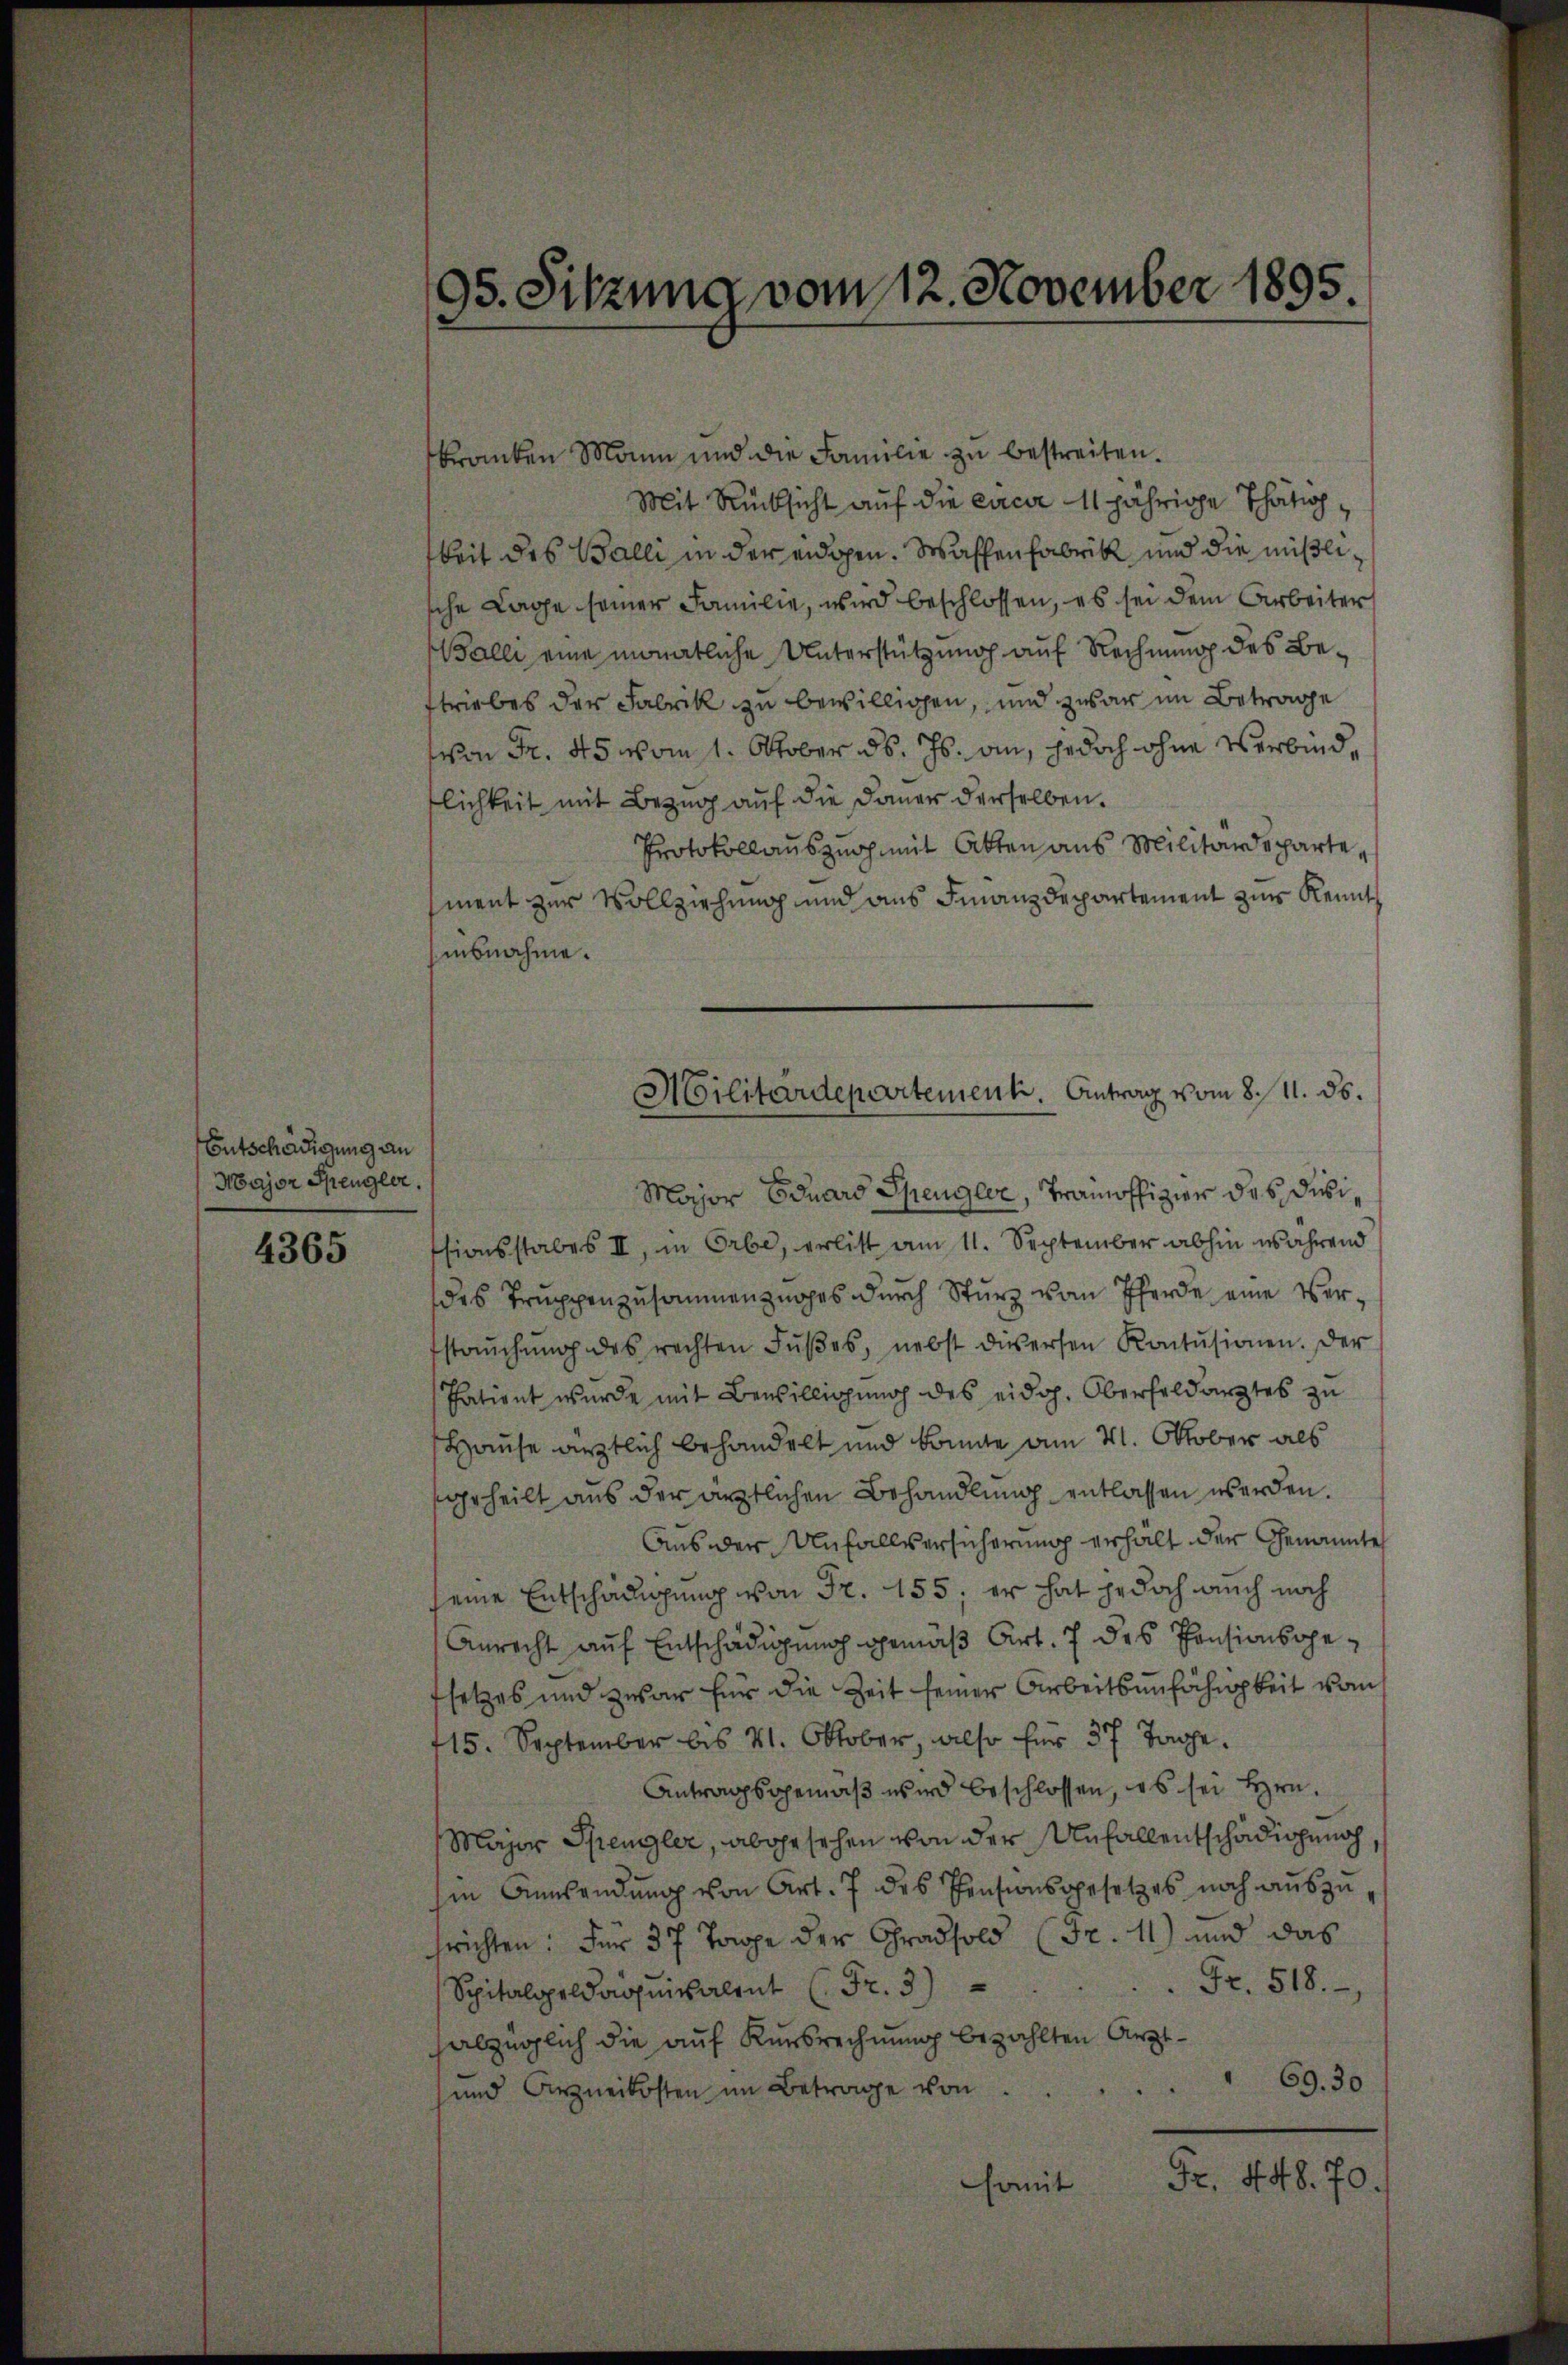
Entschädigung an
Major Spengler,

4365

95. Sitzung vom 12. November 1895

kranken Mann und die Familie zŭ bestreiten.
Mit Rücksicht auf die circa 11 jährige Thatig,
tkeit des Balli in der eidgen. Waffen Fabrik und die mißlische Lage seiner Familie, wird beschlossen, es sei dem Arbeiter
Balli eine monatliche Unterstützung auf Rechnung des Bestriebes der Fabrik zu bewilligen, und zwar im Betrage
von Fr. 45 vom 1. Oktober d. Js. an, jedoch ohne Verbindlichkeit mit Bezug auf die Dauer derselben.
Protokollauszug mit Atten aus Militärdepartesment zur Vollziehung und aus Finanzdepartement zur Kennt
isnahme.
Major Eduard Spengler, Trainoffizier des dasissionsstabes II, in Erbe, erlist am 11. September abhin während
des Truppenzusammenzuges durch Sturz vom Pferde eine Verstaŭchŭng des rechten Fŭβes, nebst diesersen Kontŭsionen. Der
Thatient wurde mit Bewilligung des eidg. Oberfeldarztes zu
Hause ärztlich behandelt und könnte am 21. Oktober als
geheilt aus der ärztlichen Behandlung entlassen werden.
Aus der Anfallsersicherung erhalt der Genannte
seine Entschädigung von Fr. 155; er hat jedoch auch noch
Anrecht auf Entschädigung gemäß Art. 7 des Pensionsgefsetzes und zwar für die Zeit seiner Arbeitsunfähigkeit vom
115. September bis 11. Oktober, also für 37 Tage.
Antragsgemäß wird beschlossen, es sei Hrn.
Major Spengler, abgesehen von der Unfallentschädigung,
sin Anwendŭng von Art. 7 des Pensionsgesetzes noch aŭszŭ-
hrrichten: für 37 Tage der Gradsold (Fr. 11) und das
Fr. 518.
Spitalgeldaquivalent (Fr. 3)
habzüglich die auf Kerbrechnung bezahlten Arzt¬
und Arzneikosten im Betrage von                                   69. 30
Fr. 448. 70
somit

Militärdepartement. Antrag vom 8./11. ds.